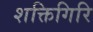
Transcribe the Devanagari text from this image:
शक्तिगिरि